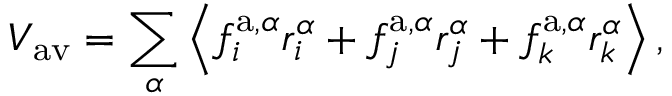
V _ { { \mathrm { a v } } } = \sum _ { \alpha } \left\langle f _ { i } ^ { \mathrm { a } , \alpha } r _ { i } ^ { \alpha } + f _ { j } ^ { \mathrm { a } , \alpha } r _ { j } ^ { \alpha } + f _ { k } ^ { \mathrm { a } , \alpha } r _ { k } ^ { \alpha } \right\rangle ,